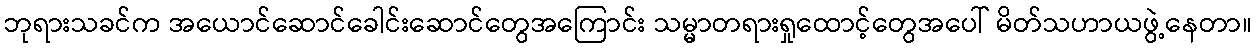
ဘုရားသခင်က အယောင်ဆောင်ခေါင်းဆောင်တွေအကြောင်း သမ္မာတရားရှုထောင့်တွေအပေါ် မိတ်သဟာယဖွဲ့နေတာ။